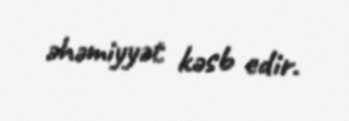
əhəmiyyət kəsb edir.